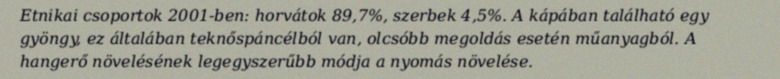
Etnikai csoportok 2001-ben: horvátok 89,7%, szerbek 4,5%. A kápában található egy gyöngy, ez általában teknőspáncélból van, olcsóbb megoldás esetén műanyagból. A hangerő növelésének legegyszerűbb módja a nyomás növelése.